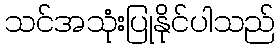
သင်အသုံးပြုနိုင်ပါသည်